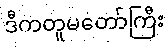
ဒီကတူမတော်ကြီး